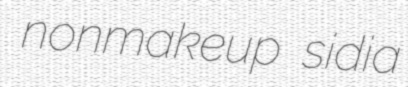
nonmakeup sidia